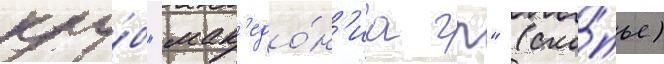
клу́б "мак'едо́н'иа гп" (ско́пье)